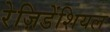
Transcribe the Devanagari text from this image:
रेज़िडेंशियल